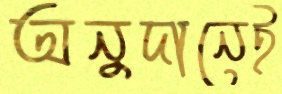
অনুদানেই